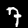
Label: 7